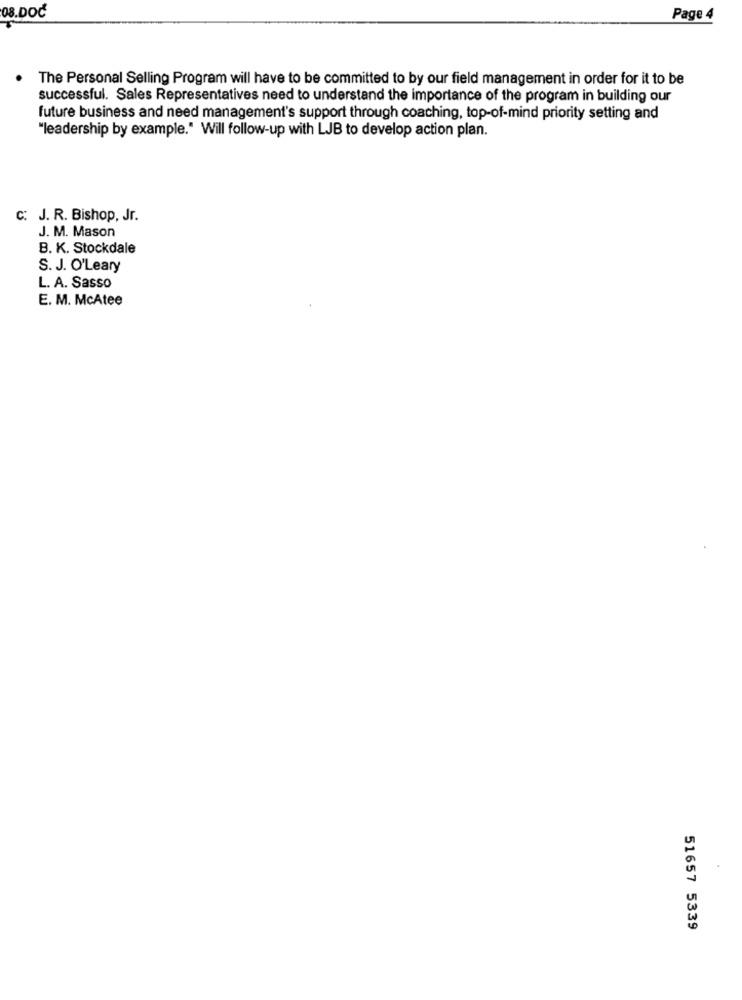
08.DOC
Page 4
The Personal Selling Program will have to be committed to by our field management in order for it to be
successful. Sales Representatives need to understand the importance of the program in building our
future business and need management's support through coaching, top-of-mind priority setting and
"leadership by example." Will follow-up with LJB to develop action plan.
C: J. R. Bishop, Jr.
J. M. Mason
B. K. Stockdale
S. J. O'Leary
L. A. Sasso
E. M. McAtee
51657 5339